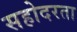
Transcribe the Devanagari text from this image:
सहोदरता